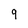
Character: 9